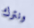
ونترك